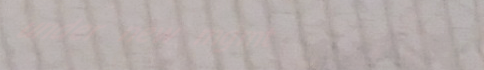
under new mgmt